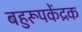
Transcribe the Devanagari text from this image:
बहुरूपकेंद्रक